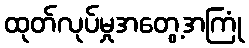
ထုတ်လုပ်မှုအတွေ့အကြုံ